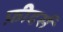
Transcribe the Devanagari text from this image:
फ़ीदर्स